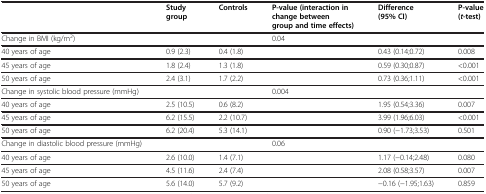
<table><thead><tr><td><b> </b></td><td><b>Study group</b></td><td><b>Controls</b></td><td><b>P-value (interaction in change between group and time effects)</b></td><td><b>Difference (95% CI)</b></td><td><b>P-value (<i>t</i>-test)</b></td></tr></thead><tbody><tr><td>Change in BMI (kg/m<sup>2</sup>)</td><td> </td><td> </td><td>0.04</td><td> </td><td> </td></tr><tr><td>40 years of age</td><td>0.9 (2.3)</td><td>0.4 (1.8)</td><td> </td><td>0.43 (0.14;0.72)</td><td>0.008</td></tr><tr><td>45 years of age</td><td>1.8 (2.4)</td><td>1.3 (1.8)</td><td> </td><td>0.59 (0.30;0.87)</td><td>&lt;0.001</td></tr><tr><td>50 years of age</td><td>2.4 (3.1)</td><td>1.7 (2.2)</td><td> </td><td>0.73 (0.36;1.11)</td><td>&lt;0.001</td></tr><tr><td>Change in systolic blood pressure (mmHg)</td><td> </td><td> </td><td>0.004</td><td> </td><td> </td></tr><tr><td>40 years of age</td><td>2.5 (10.5)</td><td>0.6 (8.2)</td><td> </td><td>1.95 (0.54;3.36)</td><td>0.007</td></tr><tr><td>45 years of age</td><td>6.2 (15.5)</td><td>2.2 (10.7)</td><td> </td><td>3.99 (1.96;6.03)</td><td>&lt;0.001</td></tr><tr><td>50 years of age</td><td>6.2 (20.4)</td><td>5.3 (14.1)</td><td> </td><td>0.90 (−1.73;3.53)</td><td>0.501</td></tr><tr><td>Change in diastolic blood pressure (mmHg)</td><td> </td><td> </td><td>0.06</td><td> </td><td> </td></tr><tr><td>40 years of age</td><td>2.6 (10.0)</td><td>1.4 (7.1)</td><td> </td><td>1.17 (−0.14;2.48)</td><td>0.080</td></tr><tr><td>45 years of age</td><td>4.5 (11.6)</td><td>2.4 (7.4)</td><td> </td><td>2.08 (0.58;3.57)</td><td>0.007</td></tr><tr><td>50 years of age</td><td>5.6 (14.0)</td><td>5.7 (9.2)</td><td> </td><td>−0.16 (−1.95;1.63)</td><td>0.859</td></tr></tbody></table>